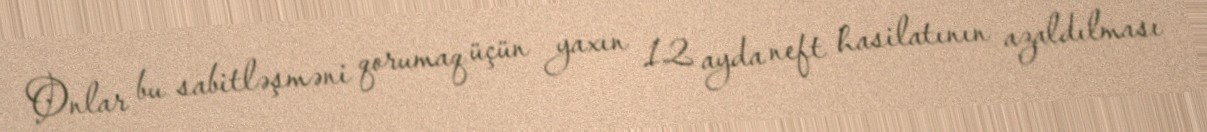
Onlar bu sabitləşməni qorumaq üçün yaxın 12 ayda neft hasilatının azaldılması